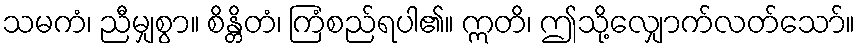
သမကံ၊ ညီမျှစွာ။ စိန္တိတံ၊ ကြံစည်ရပါ၏။ ဣတိ၊ ဤသို့လျှောက်လတ်သော်။